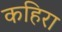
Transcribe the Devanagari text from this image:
कहिरा